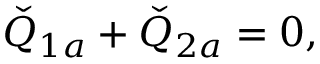
\check { Q } _ { 1 a } + \check { Q } _ { 2 a } = 0 ,